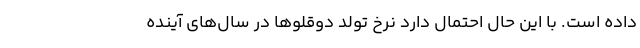
داده است. با این حال احتمال دارد نرخ تولد دوقلوها در سال‌های آینده